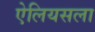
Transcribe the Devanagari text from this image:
ऐलियसला